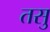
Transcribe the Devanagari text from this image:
तसु